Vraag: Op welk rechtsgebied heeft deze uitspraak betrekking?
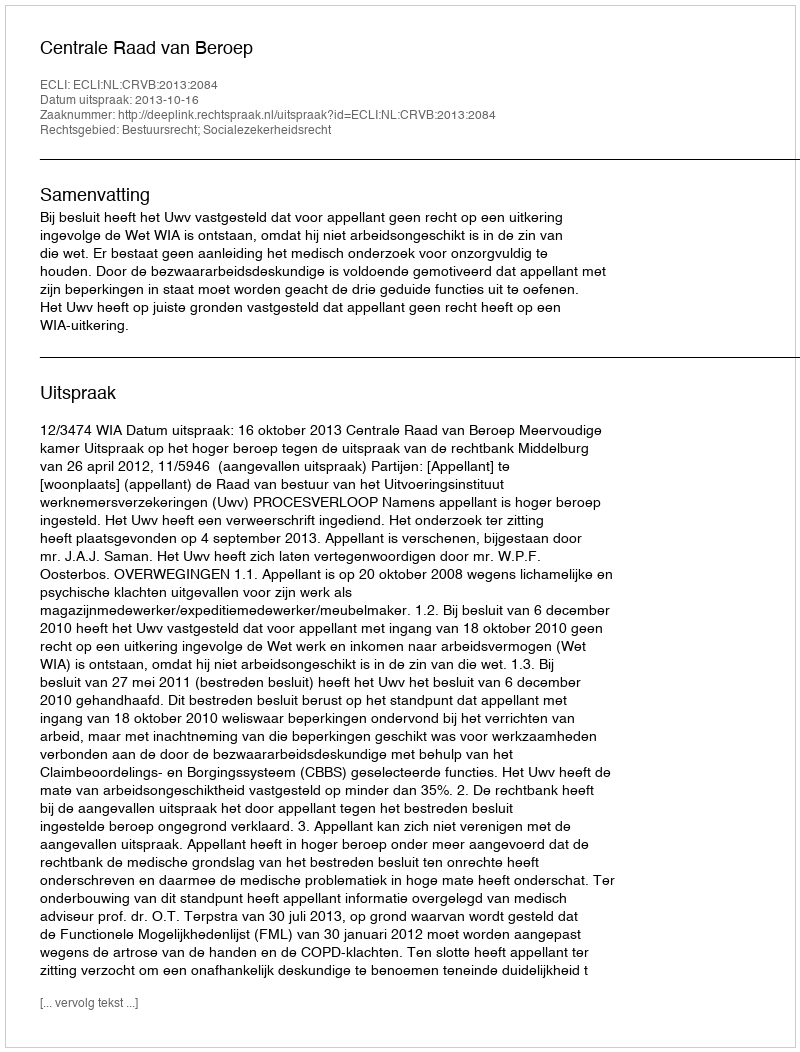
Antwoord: Bestuursrecht; Socialezekerheidsrecht